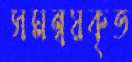
সমন্বয়কৃত